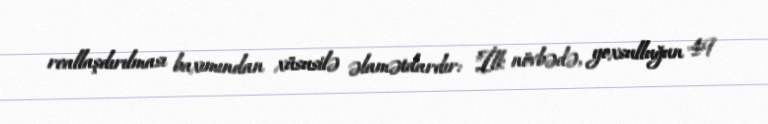
reallaşdırılması baxımından xüsusilə əlamətdardır: "İlk növbədə, yoxsulluğun 49